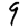
Digit: 9